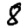
Digit: 8